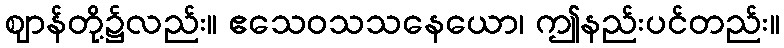
ဈာန်တို့၌လည်း။ ဧသေဝသသနေယော၊ ဤနည်းပင်တည်း။